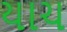
યાચ